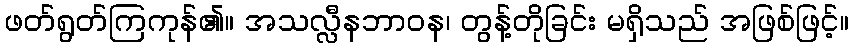
ဖတ်ရွတ်ကြကုန်၏။ အသလ္လီနဘာဝန၊ တွန့်တိုခြင်း မရှိသည် အဖြစ်ဖြင့်။